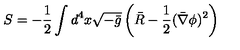
S = - \frac { 1 } { 2 } \int d ^ { 4 } x \sqrt { - \bar { g } } \left( \bar { R } - \frac { 1 } { 2 } ( \bar { \nabla } \phi ) ^ { 2 } \right)